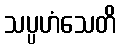
သပ္ပဟံသေတိ